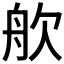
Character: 𬅣